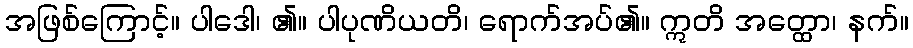
အဖြစ်ကြောင့်။ ပါဒေါ၊ ၏။ ပါပုဏိယတိ၊ ရောက်အပ်၏။ ဣတိ အတ္ထော၊ နက်။